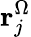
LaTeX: \mathbf{r}_{j}^{\Omega}